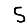
Digit: 5